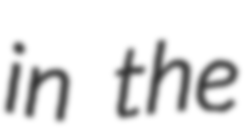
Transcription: in the